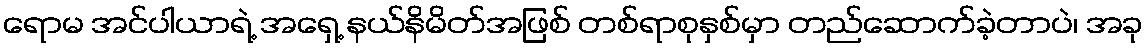
ရောမ အင်ပါယာရဲ့ အရှေ့ နယ်နိမိတ်အဖြစ် တစ်ရာစုနှစ်မှာ တည်ဆောက်ခဲ့တာပဲ၊ အခု